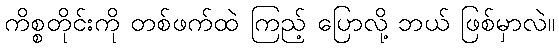
ကိစ္စတိုင်းကို တစ်ဖက်ထဲ ကြည့် ပြောလို့ ဘယ် ဖြစ်မှာလဲ။